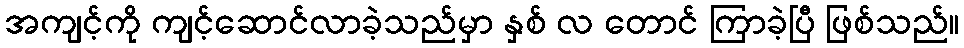
အကျင့်ကို ကျင့်ဆောင်လာခဲ့သည်မှာ နှစ် လ တောင် ကြာခဲ့ပြီ ဖြစ်သည်။